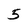
Character: 5